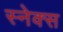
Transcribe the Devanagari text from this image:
स्नेक्स